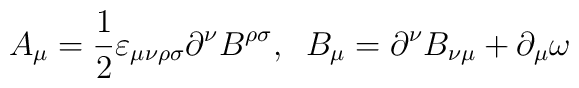
A_\mu=\frac{1}{2}{\varepsilon}_{\mu\nu\rho\sigma}\partial^{\nu} B^{\rho\sigma},\;\; B_{\mu}=\partial^{\nu}B_{\nu\mu}+\partial_\mu\omega